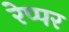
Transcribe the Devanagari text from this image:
रेप्पर